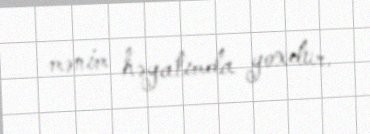
mənim həyatımda yoxdur.